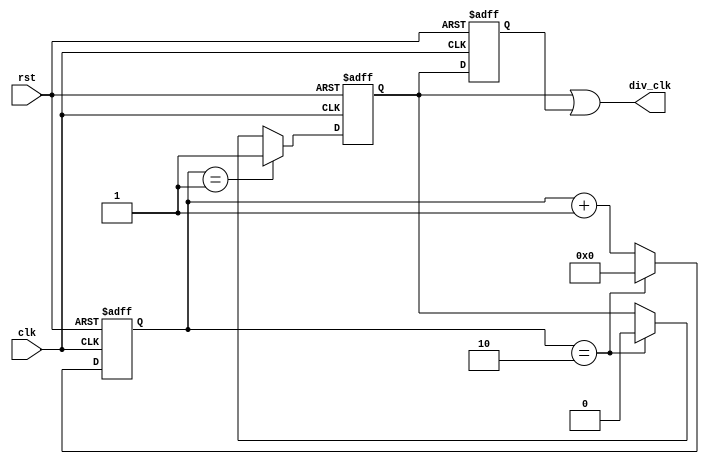
module clock_divider_2
#
(
    parameter [7:0] n = 3
)
(
    input  clk,
    input  rst,
    output div_clk
);

    wire [7:0] n_1 = n - 1;

    reg  [7:0] cnt;

    always @ (posedge clk or posedge rst)
        if (rst)
            cnt <= 0;
        else if (cnt == n_1)
            cnt <= 0;
        else
            cnt <= cnt + 1;

    reg div_clk_unadjusted;

    always @ (posedge clk or posedge rst)
        if (rst)
            div_clk_unadjusted <= 0;
        else if (cnt == n_1 [7:1])
            div_clk_unadjusted <= 1;
        else if (cnt == n_1)
            div_clk_unadjusted <= 0;

    generate

        if (n % 2 == 0)
        begin
            assign div_clk = div_clk_unadjusted;
        end
        else
        begin
            reg div_clk_negedge;

            always @ (negedge clk or posedge rst)
                if (rst)
                    div_clk_negedge <= 0;
                else
                    div_clk_negedge <= div_clk_unadjusted;

            assign div_clk = div_clk_unadjusted | div_clk_negedge;
        end

    endgenerate

endmodule